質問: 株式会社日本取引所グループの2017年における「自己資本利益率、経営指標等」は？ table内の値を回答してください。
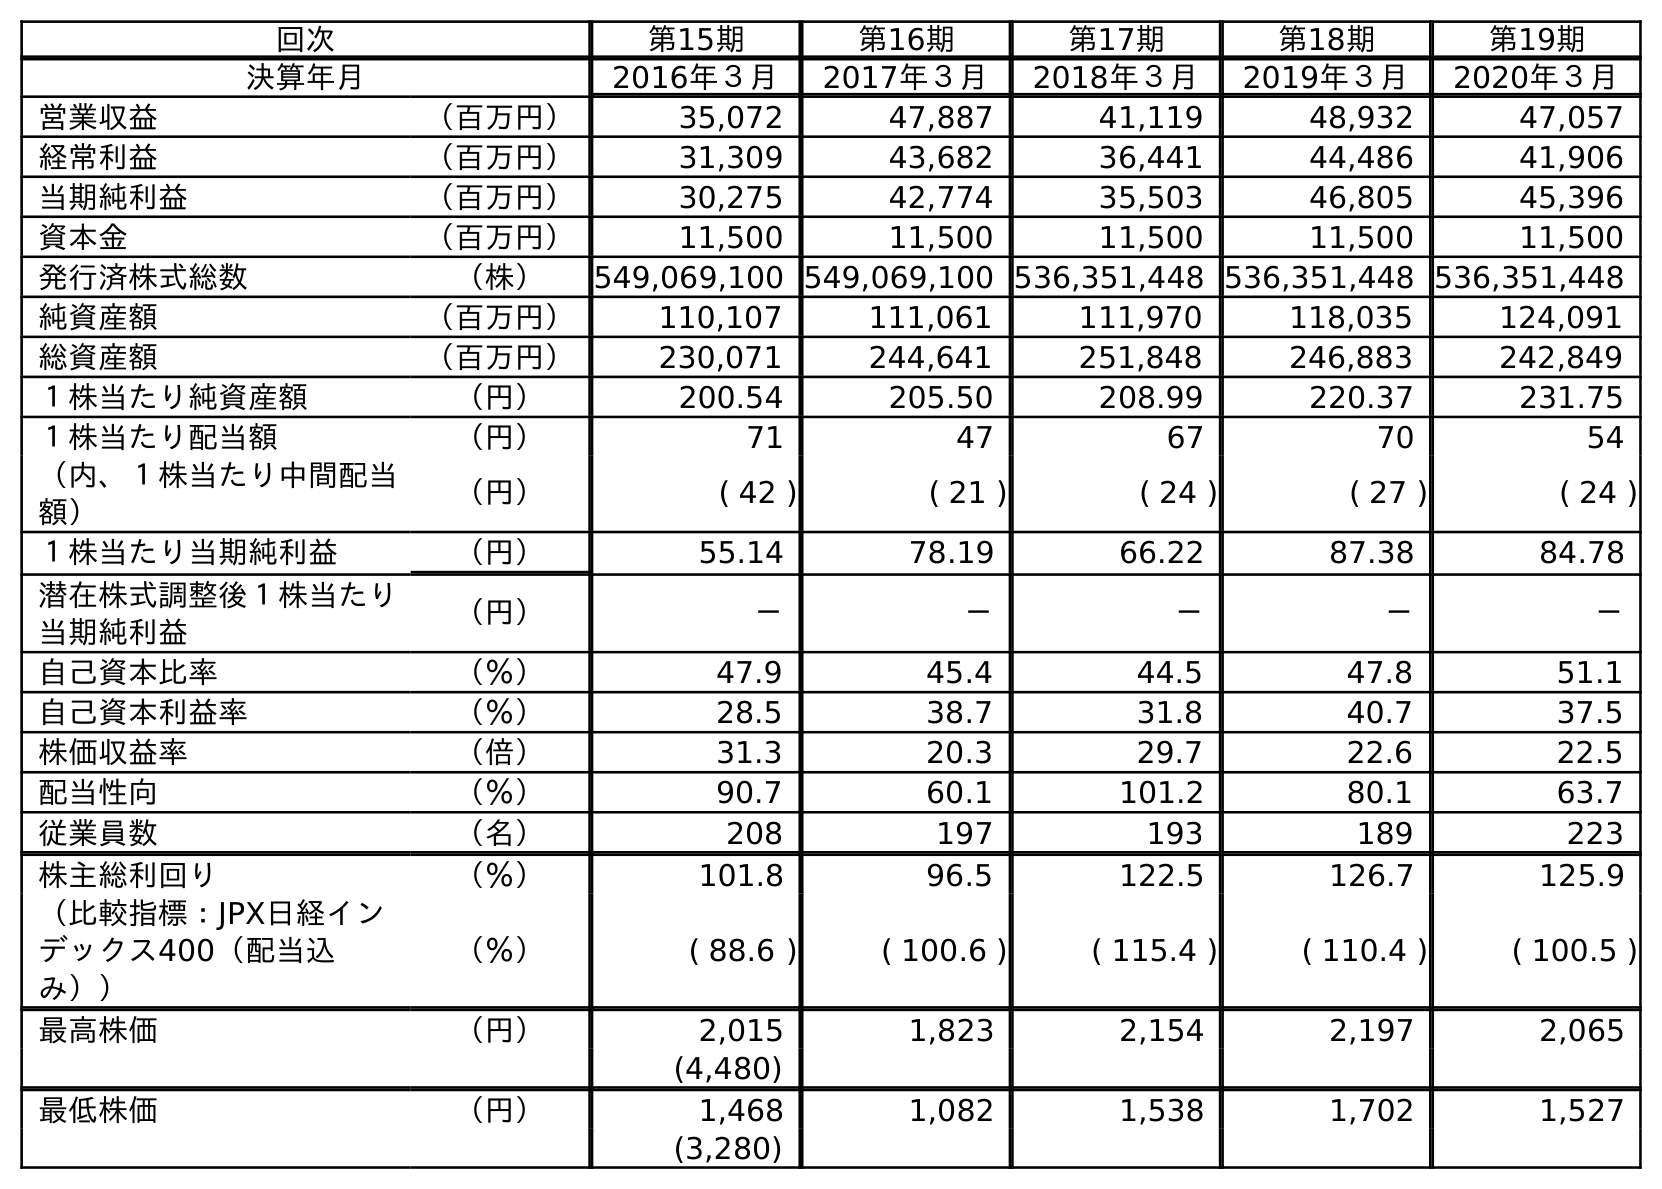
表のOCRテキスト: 回次 第15期 第16期 第17期 第18期 第19期 決算年月 2016年３月 2017年３月 2018年３月 2019年３月 2020年３月 営業収益 （百万円） 35,072 47,887 41,119 48,932 47,057 経常利益 （百万円） 31,309 43,682 36,441 44,486 41,906 当期純利益 （百万円） 30,275 42,774 35,503 46,805 45,396 資本金 （百万円） 11,500 11,500 11,500 11,500 11,500 発行済株式総数 （株） 549,069,100 549,069,100 536,351,448 536,351,448 536,351,448 純資産額 （百万円） 110,107 111,061 111,970 118,035 124,091 総資産額 （百万円） 230,071 244,641 251,848 246,883 242,849 １株当たり純資産額 （円） 200.54 205.50 208.99 220.37 231.75 １株当たり配当額 （円） 71 47 67 70 54 （内、１株当たり中間配当 額） （円） ( 42 ) ( 21 ) ( 24 ) ( 27 ) ( 24 ) １株当たり当期純利益 （円） 55.14 78.19 66.22 87.38 84.78 潜在株式調整後１株当たり 当期純利益 （円） － － － － － 自己資本比率 （％） 47.9 45.4 44.5 47.8 51.1 自己資本利益率 （％） 28.5 38.7 31.8 40.7 37.5 株価収益率 （倍） 31.3 20.3 29.7 22.6 22.5 配当性向 （％） 90.7 60.1 101.2 80.1 63.7 従業員数 （名） 208 197 193 189 223 株主総利回り （％） 101.8 96.5 122.5 126.7 125.9 （比較指標：JPX日経イン デックス400（配当込 み）） （％） ( 88.6 ) ( 100.6 ) ( 115.4 ) ( 110.4 ) ( 100.5 ) 最高株価 （円） 2,015 1,823 2,154 2,197 2,065 (4,480) 最低株価 （円） 1,468 1,082 1,538 1,702 1,527 (3,280)
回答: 38.7